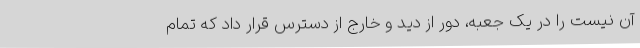
آن نیست را در یک جعبه، دور از دید و خارج از دسترس قرار داد که تمام